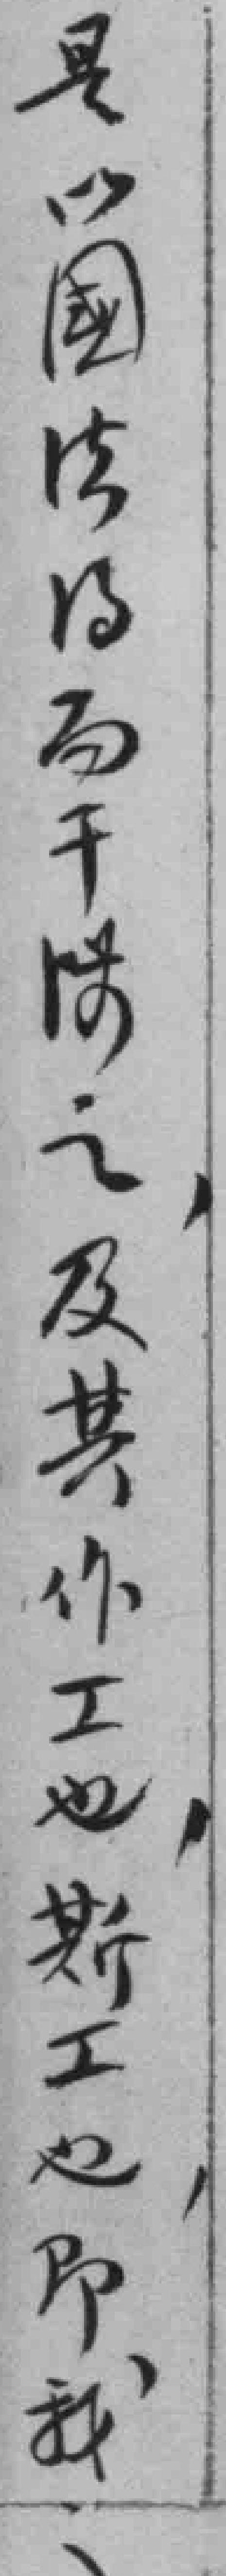
是以國法*而干*之，及其作工也，斯工也即我